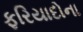
ફરિયાદોના